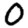
Digit: 0